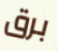
برق